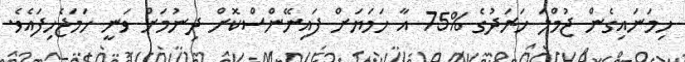
ހިމަނައިގެން ޖުމްލަ ޚަރަދުގެ %75 އާ ހަމަޔަށް ފައިނޭންސްކޮށް ދިނުމަށް ވަނީ ހަމަޖެހިފައެވެ.